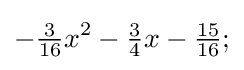
-{\tfrac {3}{16}}x^{2}-{\tfrac {3}{4}}x-{\tfrac {15}{16}};